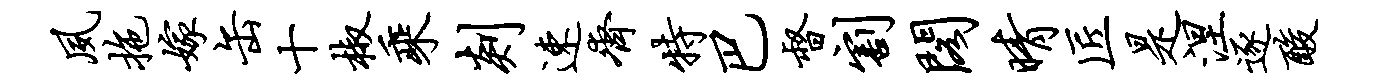
夙拖嫁缶十椒乘剡速齐特巴督割阁晴匠是涅逐酸